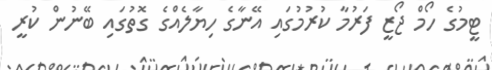
ޓީމުގެ ހޯމް ޖޯޒީ ފަރުމާ ކުރުމުގައި އޭނާގެ ހިޔާލެއްގެ ގޮތުގައި ބޭނުން ކުރީ